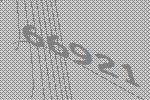
66921